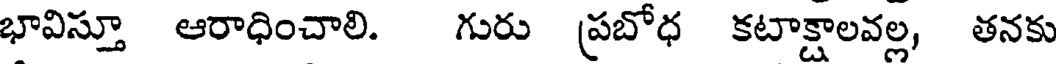
భావిస్తూ ఆరాధించాలి. గురు ప్రబోధ కటాక్షాలవల్ల, తనకు